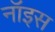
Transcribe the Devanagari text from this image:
नॉइस